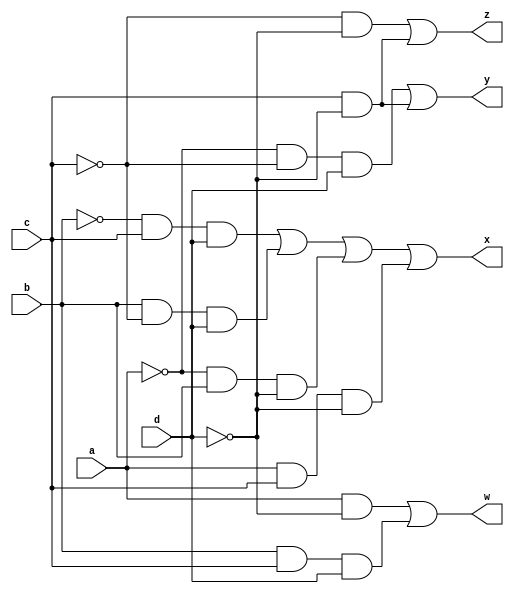
module decimal(a,b,c,d,w,x,y,z);
	input a,b,c,d;
	output w,x,y,z;

	assign w= (a&~d)|(b&c&d);
	assign x= (~b&c&d)|(b&~c&d)|(~a&b&~d)|(a&c&~d);
	assign y= (~a&~c&d)|(c&~d);
	assign z= (~c&~d)|(c&~d);
endmodule